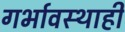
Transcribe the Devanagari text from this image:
गर्भावस्थाही